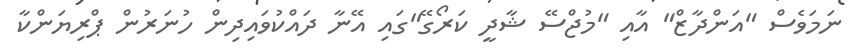
ނަމަވެސް "އަންދާޒް" އާއި "މުޖްސޭ ޝާދީ ކަރޯގޭ"ގައި އޭނާ ދައްކުވައިދިން ހުނަރުން ޕްރިޔަންކާ